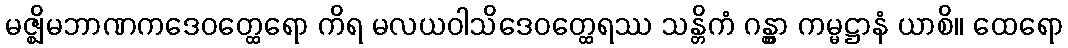
မဇ္ဈိမဘာဏကဒေဝတ္ထေရော ကိရ မလယဝါသိဒေဝတ္ထေရဿ သန္တိကံ ဂန္တွာ ကမ္မဋ္ဌာနံ ယာစိ။ ထေရော